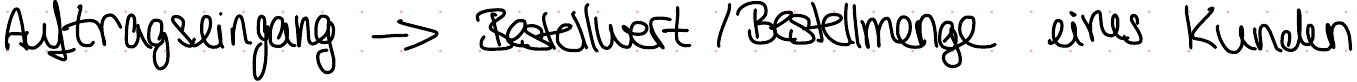
Auftragseingang -> Bestellwert / Bestellmenge eines Kunden